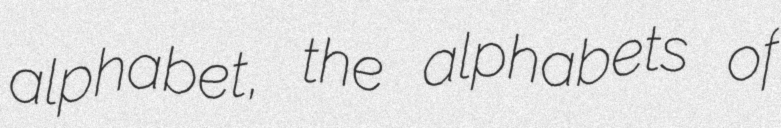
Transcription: alphabet, the alphabets of